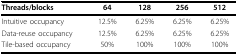
<table><thead><tr><td><b>Threads/blocks</b></td><td><b>64</b></td><td><b>128</b></td><td><b>256</b></td><td><b>512</b></td></tr></thead><tbody><tr><td>Intuitive occupancy</td><td>12.5%</td><td>6.25%</td><td>6.25%</td><td>6.25%</td></tr><tr><td>Data-reuse occupancy</td><td>12.5%</td><td>6.25%</td><td>6.25%</td><td>6.25%</td></tr><tr><td>Tile-based occupancy</td><td>50%</td><td>100%</td><td>100%</td><td>100%</td></tr></tbody></table>